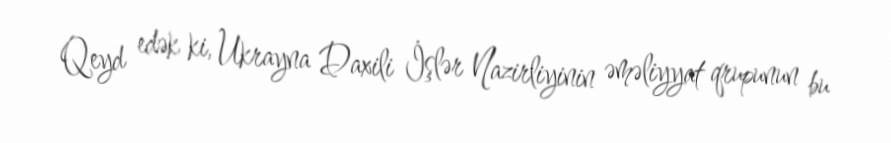
Qeyd edək ki, Ukrayna Daxili İşlər Nazirliyinin əməliyyat qrupunun bu